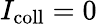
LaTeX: I_{\mathrm{coll}}=0